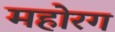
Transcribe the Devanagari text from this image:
महोरग